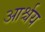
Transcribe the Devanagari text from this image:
आर्श्चय